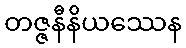
တဇ္ဇနီနိယဿေန